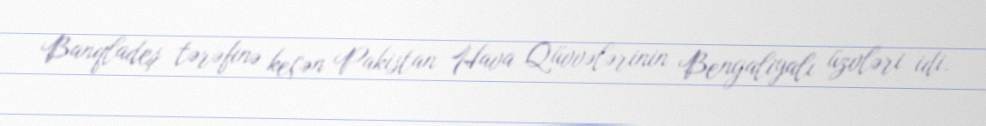
Banqladeş tərəfinə keçən Pakistan Hava Qüvvələrinin Bengaliyalı üzvləri idi.